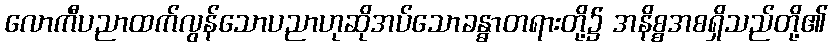
လောကီပညာထက်လွန်သောပညာဟုဆိုအပ်သောခန္ဓာတရားတို့၌ အနိစ္စအစရှိသည်တို့၏